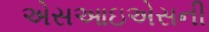
એસઆઇએસની